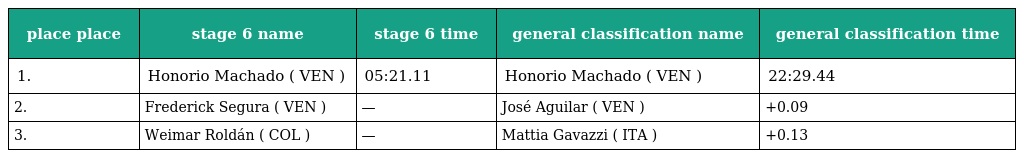
| place place | stage 6 name | stage 6 time | general classification name | general classification time |
 | --- | --- | --- | --- | --- |
 | 1. | Honorio Machado ( VEN ) | 05:21.11 | Honorio Machado ( VEN ) | 22:29.44 |
 | 2. | Frederick Segura ( VEN ) | — | José Aguilar ( VEN ) | +0.09 |
 | 3. | Weimar Roldán ( COL ) | — | Mattia Gavazzi ( ITA ) | +0.13 |